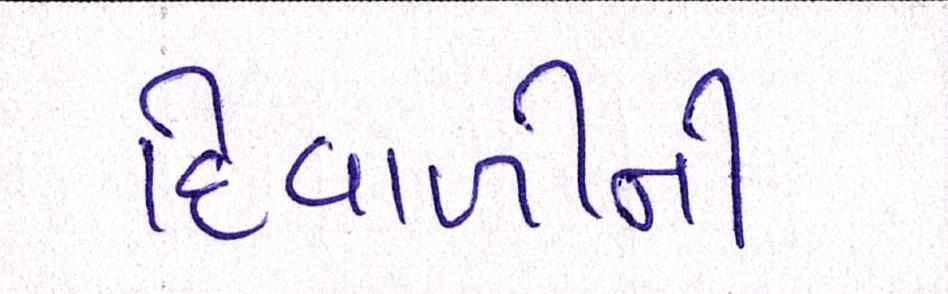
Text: દિવાળીની